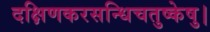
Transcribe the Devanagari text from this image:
दक्षिणकरसन्धिचतुष्केषु।